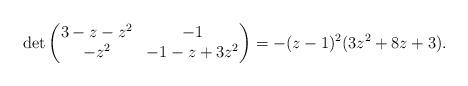
LaTeX: \begin{align*}\det\begin{pmatrix} 3-z-z^2 & -1 \\ -z^2 & -1-z+3z^2 \end{pmatrix} = -(z-1)^2(3z^2+8z+3).\end{align*}